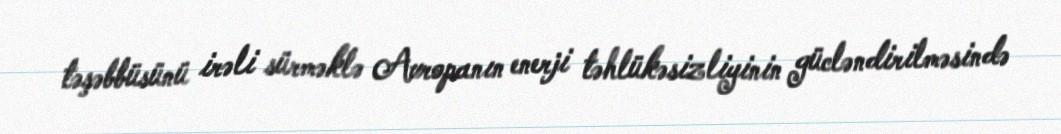
təşəbbüsünü irəli sürməklə Avropanın enerji təhlükəsizliyinin gücləndirilməsində